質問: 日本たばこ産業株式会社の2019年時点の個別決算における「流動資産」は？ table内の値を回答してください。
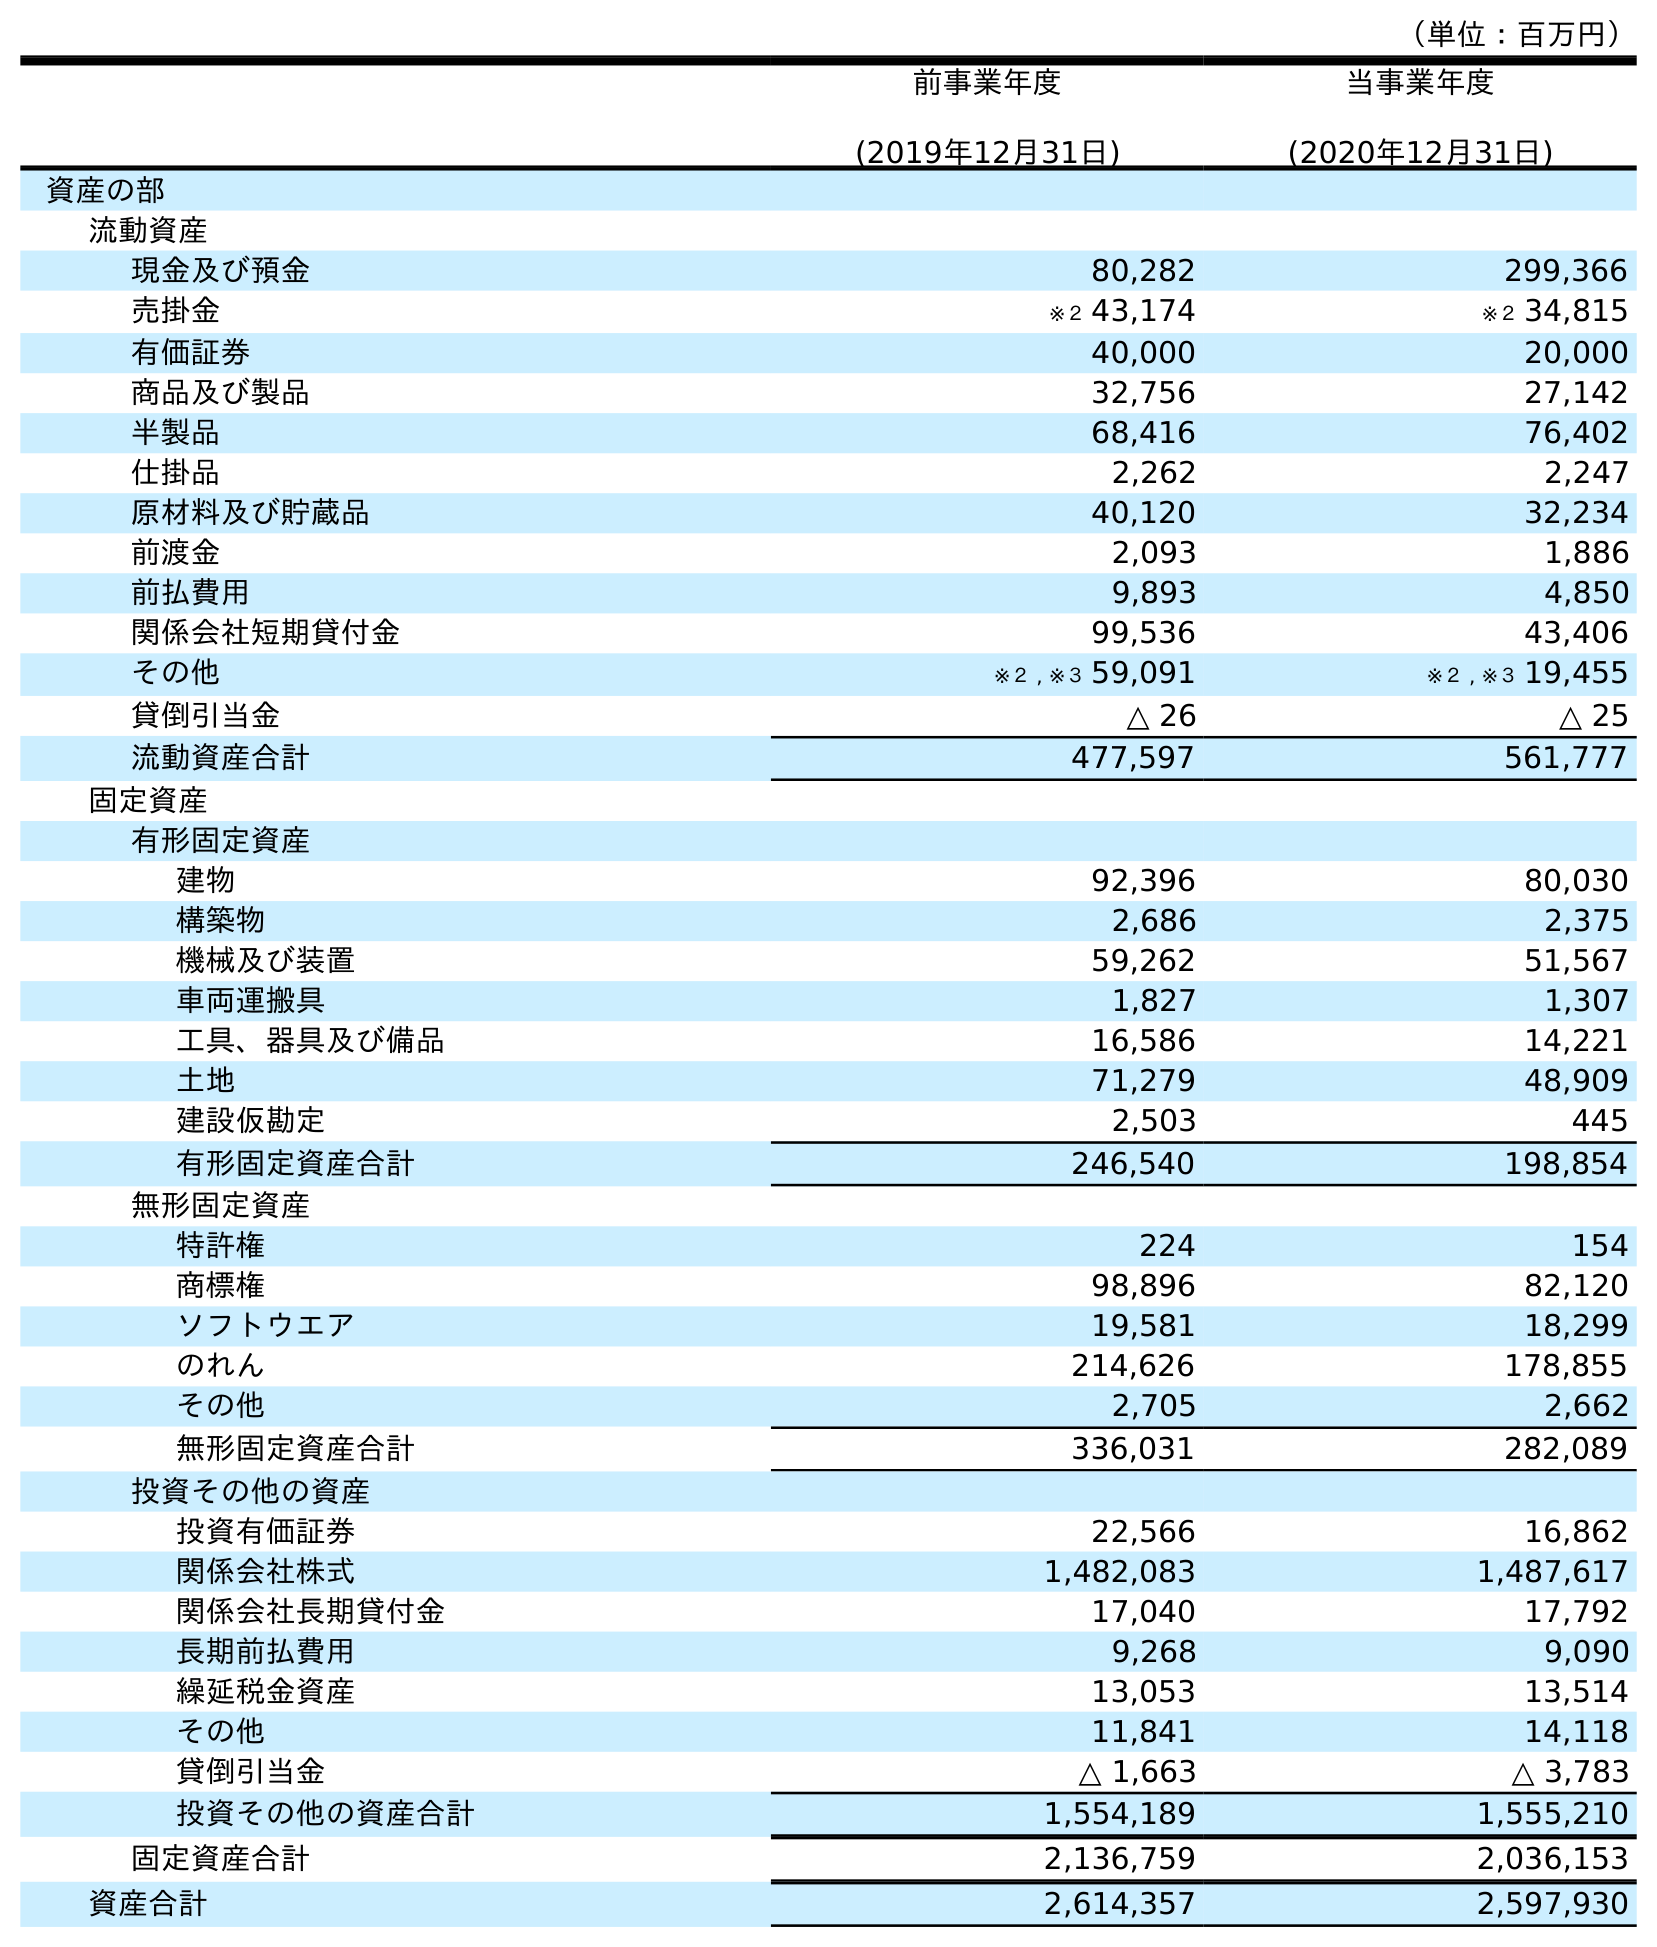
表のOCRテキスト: （単位：百万円） 前事業年度 (2019年12月31日) 当事業年度 (2020年12月31日) 資産の部 流動資産 現金及び預金 80,282 299,366 売掛金 ※２ 43,174 ※２ 34,815 有価証券 40,000 20,000 商品及び製品 32,756 27,142 半製品 68,416 76,402 仕掛品 2,262 2,247 原材料及び貯蔵品 40,120 32,234 前渡金 2,093 1,886 前払費用 9,893 4,850 関係会社短期貸付金 99,536 43,406 その他 ※２ , ※３ 59,091 ※２ , ※３ 19,455 貸倒引当金 △ 26 △ 25 流動資産合計 477,597 561,777 固定資産 有形固定資産 建物 92,396 80,030 構築物 2,686 2,375 機械及び装置 59,262 51,567 車両運搬具 1,827 1,307 工具、器具及び備品 16,586 14,221 土地 71,279 48,909 建設仮勘定 2,503 445 有形固定資産合計 246,540 198,854 無形固定資産 特許権 224 154 商標権 98,896 82,120 ソフトウエア 19,581 18,299 のれん 214,626 178,855 その他 2,705 2,662 無形固定資産合計 336,031 282,089 投資その他の資産 投資有価証券 22,566 16,862 関係会社株式 1,482,083 1,487,617 関係会社長期貸付金 17,040 17,792 長期前払費用 9,268 9,090 繰延税金資産 13,053 13,514 その他 11,841 14,118 貸倒引当金 △ 1,663 △ 3,783 投資その他の資産合計 1,554,189 1,555,210 固定資産合計 2,136,759 2,036,153 資産合計 2,614,357 2,597,930
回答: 477,597